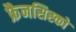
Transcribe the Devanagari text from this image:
फ्रैनसिस्को